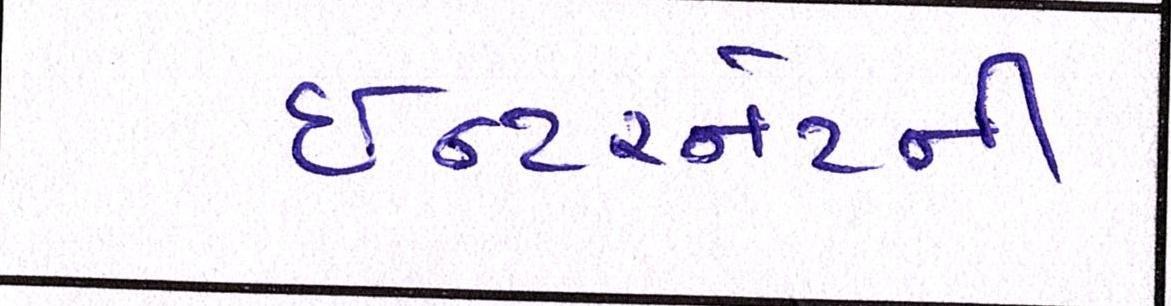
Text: ઈન્ટરનેટની